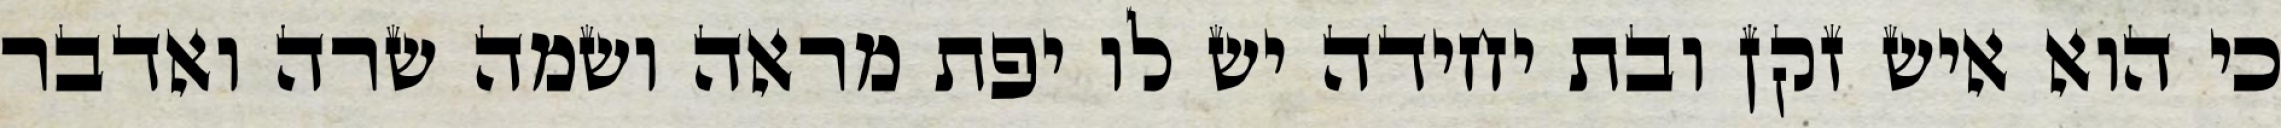
כי הוא איש זקן ובת יחידה יש לו יפת מראה ושמה שרה ואדבר